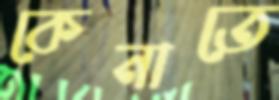
কেনাতে